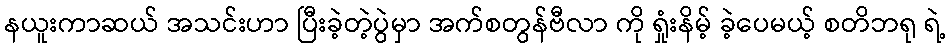
နယူးကာဆယ် အသင်းဟာ ပြီးခဲ့တဲ့ပွဲမှာ အက်စတွန်ဗီလာ ကို ရှုံးနိမ့် ခဲ့ပေမယ့် စတိဘရု ရဲ့